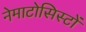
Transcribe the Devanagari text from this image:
नेमाटोसिस्टों